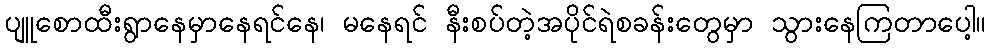
ပျူစောထီးရွာနေမှာနေရင်နေ၊ မနေရင် နီးစပ်တဲ့အပိုင်ရဲစခန်းတွေမှာ သွားနေကြတာပေါ့။